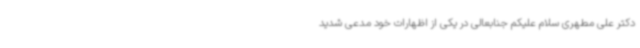
دکتر علی مطهری سلام علیکم جنابعالی در یکی از اظهارات خود مدعی شدید